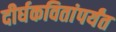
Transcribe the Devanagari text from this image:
दीर्घकवितांपर्यंत